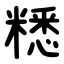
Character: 䊝